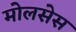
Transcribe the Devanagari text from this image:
मोलसेस